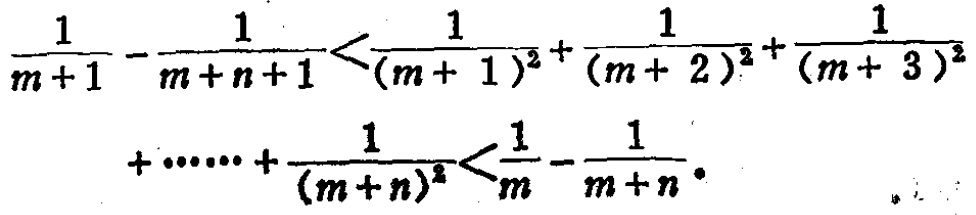
\[\frac{1}{m + 1} - \frac{1}{m + n+1}<\frac{1}{(m + 1)^2}+\frac{1}{(m + 2)^2}+\frac{1}{(m + 3)^2}\]
\[+\cdots\cdots+\frac{1}{(m + n)^2}<\frac{1}{m}-\frac{1}{m + n}\]